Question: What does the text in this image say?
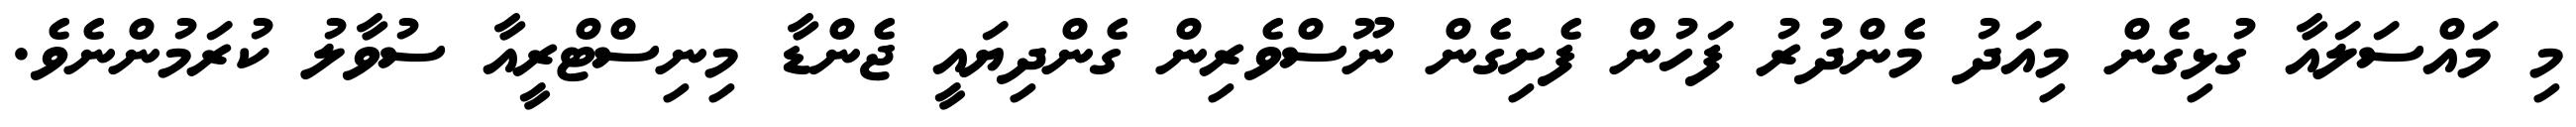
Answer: މި މައްސަލައާ ގުޅިގެން މިއަދު މެންދުރު ފަހުން ފެށިގެން ނޫސްވެރިން ގެންދިޔައީ ޖެންޑާ މިނިސްޓްރީއާ ސުވާލު ކުރަމުންނެވެ.